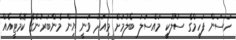
ހަސަން ފަހީމްގެ ސުލޫކީ މައްސަލަ ބެލުމަށް މިއަދު ވަނީ ޔިން މެންބަރުންގެ ކޮމެޓީއެއް